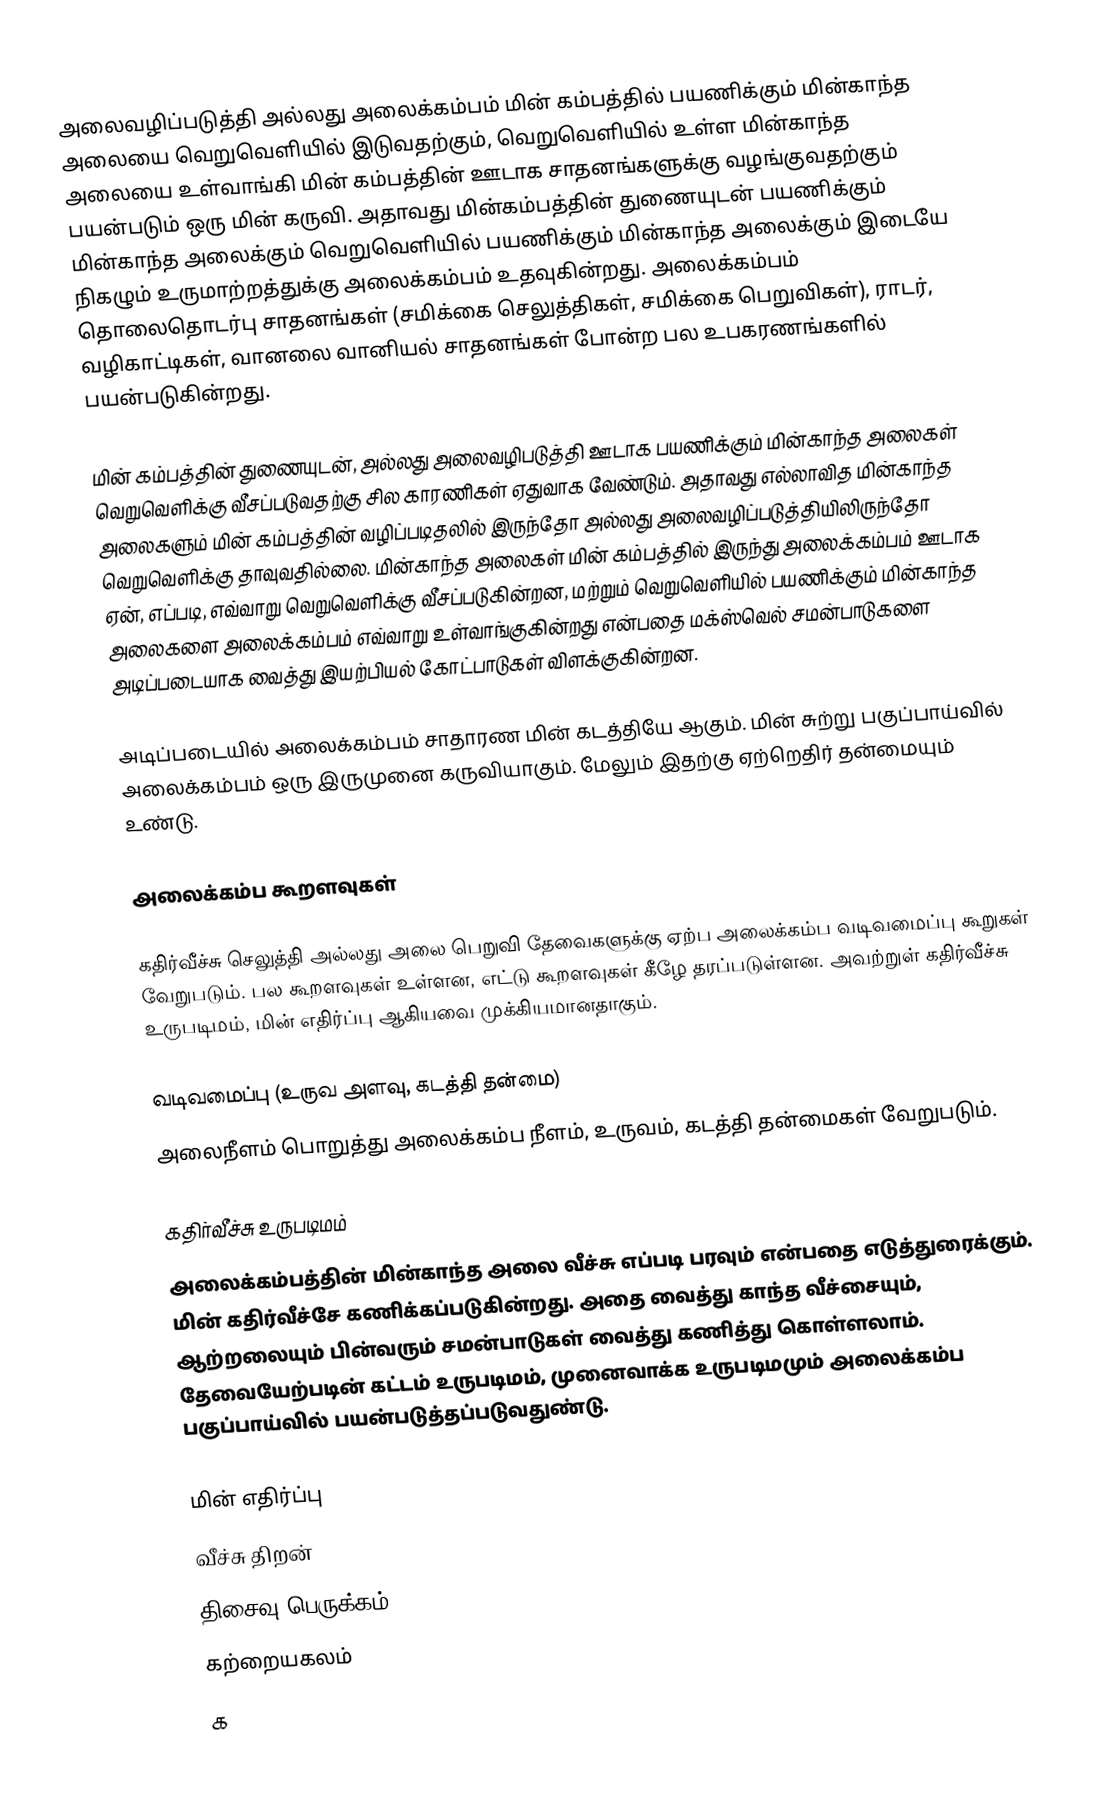
அலைவழிப்படுத்தி அல்லது அலைக்கம்பம் மின் கம்பத்தில் பயணிக்கும் மின்காந்த அலையை வெறுவெளியில் இடுவதற்கும், வெறுவெளியில் உள்ள மின்காந்த அலையை உள்வாங்கி மின் கம்பத்தின் ஊடாக சாதனங்களுக்கு வழங்குவதற்கும் பயன்படும் ஒரு மின் கருவி. அதாவது மின்கம்பத்தின் துணையுடன் பயணிக்கும் மின்காந்த அலைக்கும் வெறுவெளியில் பயணிக்கும் மின்காந்த அலைக்கும் இடையே நிகழும் உருமாற்றத்துக்கு அலைக்கம்பம் உதவுகின்றது. அலைக்கம்பம் தொலைதொடர்பு சாதனங்கள் (சமிக்கை செலுத்திகள், சமிக்கை பெறுவிகள்), ராடர், வழிகாட்டிகள், வானலை வானியல் சாதனங்கள் போன்ற பல உபகரணங்களில் பயன்படுகின்றது.

மின் கம்பத்தின் துணையுடன், அல்லது அலைவழிபடுத்தி ஊடாக பயணிக்கும் மின்காந்த அலைகள் வெறுவெளிக்கு வீசப்படுவதற்கு சில காரணிகள் ஏதுவாக வேண்டும். அதாவது எல்லாவித மின்காந்த அலைகளும் மின் கம்பத்தின் வழிப்படிதலில் இருந்தோ அல்லது அலைவழிப்படுத்தியிலிருந்தோ வெறுவெளிக்கு தாவுவதில்லை. மின்காந்த அலைகள் மின் கம்பத்தில் இருந்து அலைக்கம்பம் ஊடாக ஏன், எப்படி, எவ்வாறு வெறுவெளிக்கு வீசப்படுகின்றன, மற்றும் வெறுவெளியில் பயணிக்கும் மின்காந்த அலைகளை அலைக்கம்பம் எவ்வாறு உள்வாங்குகின்றது என்பதை மக்ஸ்வெல் சமன்பாடுகளை அடிப்படையாக வைத்து இயற்பியல் கோட்பாடுகள் விளக்குகின்றன.

அடிப்படையில் அலைக்கம்பம் சாதாரண மின் கடத்தியே ஆகும். மின் சுற்று பகுப்பாய்வில் அலைக்கம்பம் ஒரு இருமுனை கருவியாகும். மேலும் இதற்கு ஏற்றெதிர் தன்மையும் உண்டு.

அலைக்கம்ப கூறளவுகள்

கதிர்வீச்சு செலுத்தி அல்லது அலை பெறுவி தேவைகளுக்கு ஏற்ப அலைக்கம்ப வடிவமைப்பு கூறுகள் வேறுபடும். பல கூறளவுகள் உள்ளன, எட்டு கூறளவுகள் கீழே தரப்படுள்ளன. அவற்றுள் கதிர்வீச்சு உருபடிமம், மின் எதிர்ப்பு ஆகியவை முக்கியமானதாகும்.

 வடிவமைப்பு (உருவ அளவு, கடத்தி தன்மை)
 அலைநீளம் பொறுத்து அலைக்கம்ப நீளம், உருவம், கடத்தி தன்மைகள் வேறுபடும்.

 கதிர்வீச்சு உருபடிமம்
 அலைக்கம்பத்தின் மின்காந்த அலை வீச்சு எப்படி பரவும் என்பதை எடுத்துரைக்கும். மின் கதிர்வீச்சே கணிக்கப்படுகின்றது. அதை வைத்து காந்த வீச்சையும், ஆற்றலையும் பின்வரும் சமன்பாடுகள் வைத்து கணித்து கொள்ளலாம். தேவையேற்படின் கட்டம் உருபடிமம், முனைவாக்க உருபடிமமும் அலைக்கம்ப பகுப்பாய்வில் பயன்படுத்தப்படுவதுண்டு.

 மின் எதிர்ப்பு
 வீச்சு திறன்
 திசைவு பெருக்கம்
 கற்றையகலம்
 க